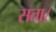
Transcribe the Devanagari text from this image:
सता।